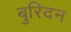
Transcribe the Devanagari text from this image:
बुरिदन